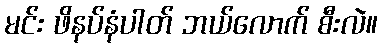
မင်း ဖိနပ်နံပါတ် ဘယ်လောက် စီးလဲ။